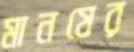
মানষের